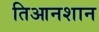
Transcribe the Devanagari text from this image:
तिआनशान